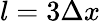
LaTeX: l=3\Delta x